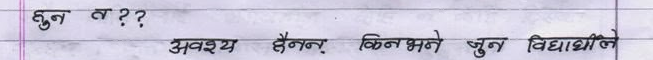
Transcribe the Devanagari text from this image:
हुन त ??
अवश्य हैनन् किनभने जुन विद्यार्थीले